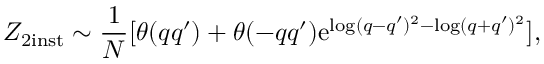
Z _ { 2 \mathrm { i n s t } } \sim \frac { 1 } { N } [ \theta ( q q ^ { \prime } ) + \theta ( - q q ^ { \prime } ) \mathrm { e } ^ { \log ( q - q ^ { \prime } ) ^ { 2 } - \log ( q + q ^ { \prime } ) ^ { 2 } } ] ,